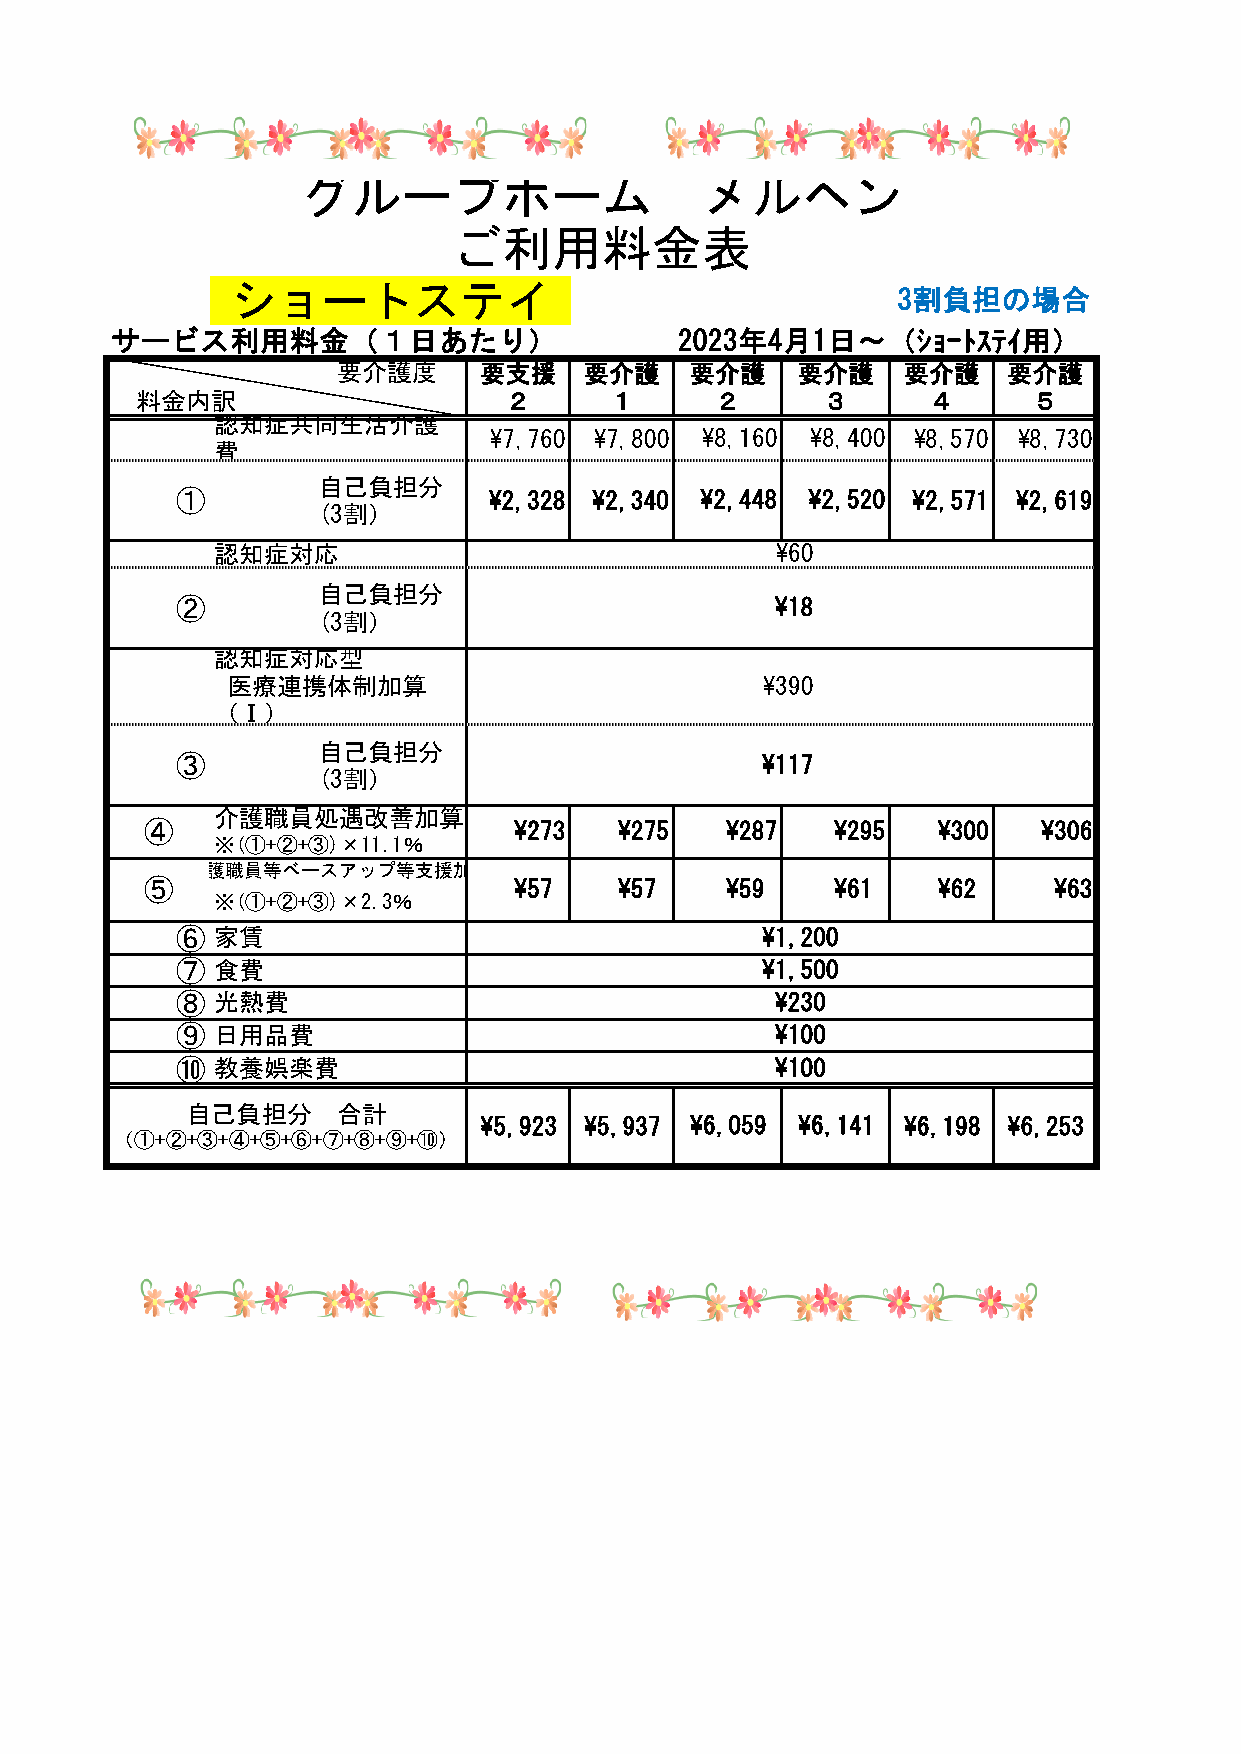
グループホーム                   メルヘン
 ご利用料金表
 ショートステイ
 3割負担の場合
 サービス利用料金（１日あたり）                       2023年4月1日～（ｼｮｰﾄｽﾃｲ用）
 要介護度      要支援    要介護    要介護    要介護    要介護    要介護
 料金内訳                    ２      １      ２      ３      ４      ５
 認知症共同生活介護
 ¥7,760 ¥7,800 ¥8,160  ¥8,400 ¥8,570 ¥8,730
 費
 自己負担分
 ①                   ¥2,328 ¥2,340 ¥2,448  ¥2,520 ¥2,571 ¥2,619
 (3割）
 認知症対応                                ¥60
 自己負担分
 ②                                      ¥18
 (3割）
 認知症対応型
 医療連携体制加算                           ¥390
 （Ⅰ）
 自己負担分
 ③                                     ¥117
 (3割）
 介護職員処遇改善加算(Ⅰ)
 ④                       ¥273   ¥275   ¥287   ¥295   ¥300   ¥306
 ※(①+②+③)×11.1％
 介護職員等ベースアップ等支援加算
 ⑤                       ¥57    ¥57    ¥59    ¥61    ¥62     ¥63
 ※(①+②+③)×2.3％
 ⑥ 家賃                                  ¥1,200
 ⑦ 食費                                  ¥1,500
 ⑧ 光熱費                                  ¥230
 ⑨ 日用品費                                 ¥100
 ⑩ 教養娯楽費                                ¥100
 自己負担分     合計
 ¥5,923 ¥5,937 ¥6,059 ¥6,141 ¥6,198 ¥6,253
 （①+②+③+④+⑤+⑥+⑦+⑧+⑨+⑩）